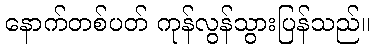
နောက်တစ်ပတ် ကုန်လွန်သွားပြန်သည်။